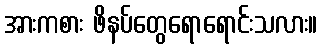
အားကစား ဖိနပ်တွေရောရောင်းသလား။